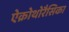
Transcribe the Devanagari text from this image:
ऐक्रोथोरैसिका